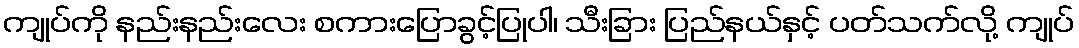
ကျုပ်ကို နည်းနည်းလေး စကားပြောခွင့်ပြုပါ၊ သီးခြား ပြည်နယ်နှင့် ပတ်သက်လို့ ကျုပ်